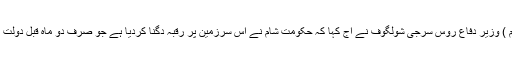
13اگست ( سیاست ڈاٹ کام ) وزیر دفاع روس سرجی شولگوف نے آج کہا کہ حکومت شام نے اس سرزمین پر رقبہ دگنا کردیا ہے جو صرف دو ماہ قبل دولت اسلامیہ کے زیرقبضہ تھا ۔